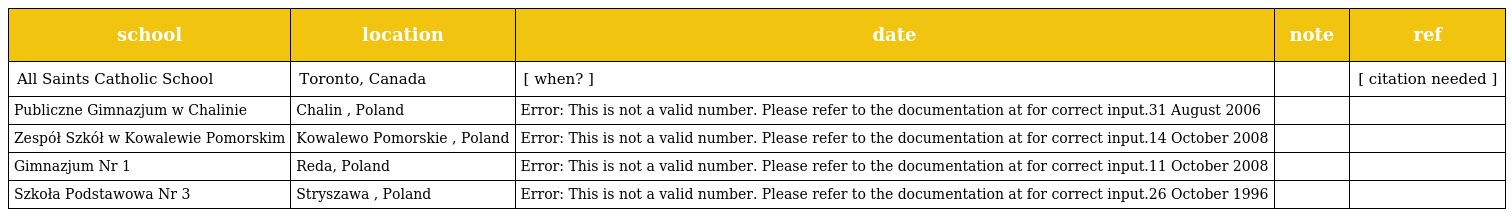
| school | location | date | note | ref |
 | --- | --- | --- | --- | --- |
 | All Saints Catholic School | Toronto, Canada | [ when? ] |  | [ citation needed ] |
 | Publiczne Gimnazjum w Chalinie | Chalin , Poland | Error: This is not a valid number. Please refer to the documentation at for correct input.31 August 2006 |  |  |
 | Zespół Szkół w Kowalewie Pomorskim | Kowalewo Pomorskie , Poland | Error: This is not a valid number. Please refer to the documentation at for correct input.14 October 2008 |  |  |
 | Gimnazjum Nr 1 | Reda, Poland | Error: This is not a valid number. Please refer to the documentation at for correct input.11 October 2008 |  |  |
 | Szkoła Podstawowa Nr 3 | Stryszawa , Poland | Error: This is not a valid number. Please refer to the documentation at for correct input.26 October 1996 |  |  |